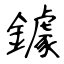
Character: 鐻